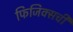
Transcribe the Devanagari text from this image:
फिजिक्सची